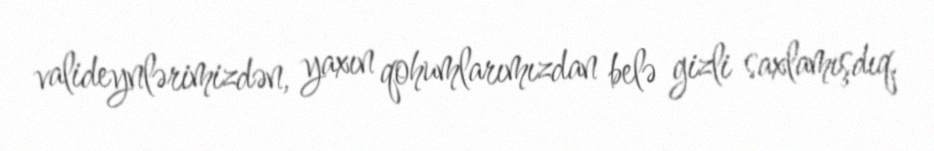
valideynlərimizdən, yaxın qohumlarımızdan belə gizli saxlamışdıq.